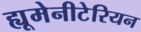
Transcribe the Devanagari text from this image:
ह्यूमेनीटेरियन